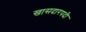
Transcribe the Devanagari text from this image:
खासदारपदी